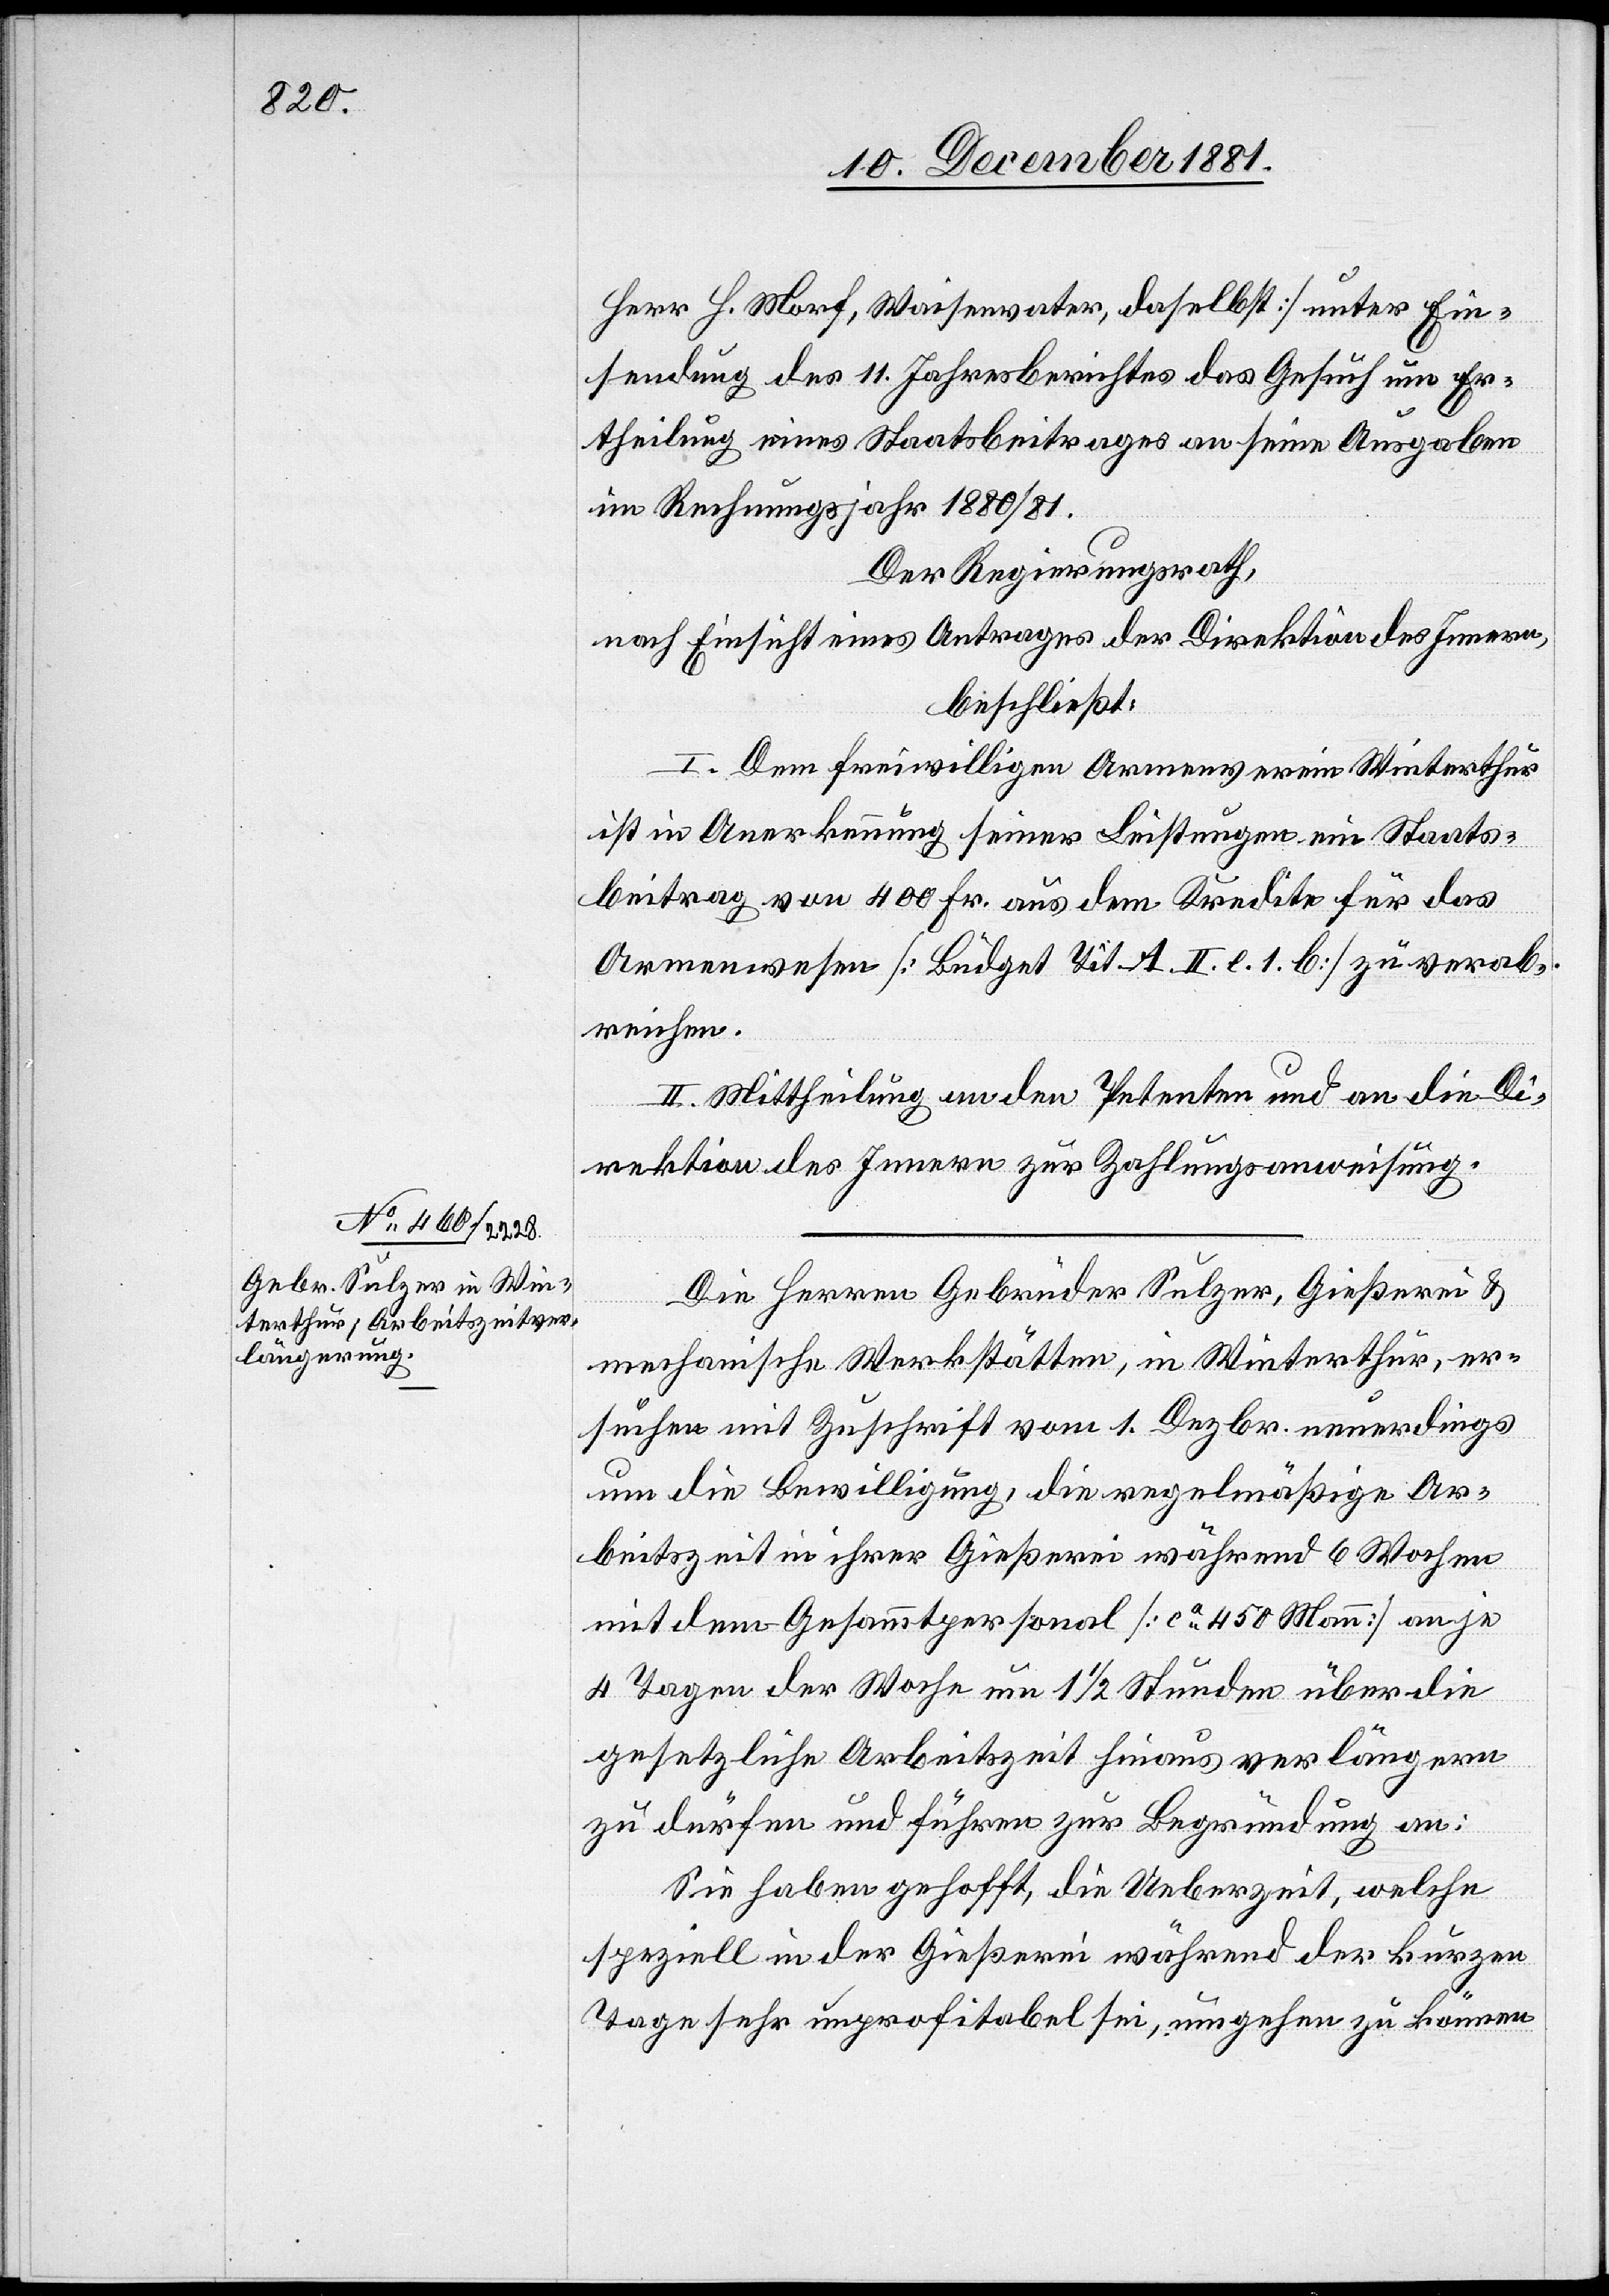
Herr H. Morf, Waisenvater, daselbst] unter Ein¬
sendung des 11. Jahresberichtes das Gesuch um Er¬
theilung eines Staatsbeitrages an seine Ausgaben
im Rechnungsjahr 1880/81.
Der Regierungsrath,
nach Einsicht eines Antrages der Direktion des Innern,
beschließt:
I. Dem freiwilligen Armenverein Winterthur
ist in Anerkennung seiner Leistungen ein Staats¬
beitrag von 400 Fr. aus dem Kredite für das
Armenwesen [Büdget Tit. 1 II. l. 1. b] zu verab¬
reichen.
II. Mittheilung an den Petenten und an die Di¬
rektion des Innern zur Zahlungsanweisung.
Die Herren Gebrüder Sulzer, Gießerei &
mechanische Werkstätten, in Winterthur, er¬
suchen mit Zuschrift vom 1. Dezbr. neuerdings
um die Bewilligung, die regelmäßige Ar¬
beitszeit in ihrer Gießerei während 6 Wochen
mit dem Gesammtpersonal [ca 450 Mann] an je
4 Tagen der Woche um 1 1/2 Stunden über die
gesetzliche Arbeitszeit hinaus verlängern
zu dürfen und führen zur Begründung an:
Sie haben gehofft, die Ueberzeit, welche
speziell in der Gießerei während der kurzen
Tage sehr unprofitabel sei, umgehen zu können